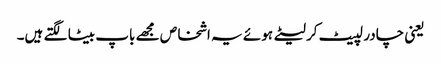
یعنی چادر لپیٹ کر لیٹے ہوئے یہ اشخاص مجھے باپ بیٹا لگتے ہیں۔